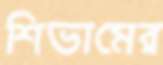
শিভামের